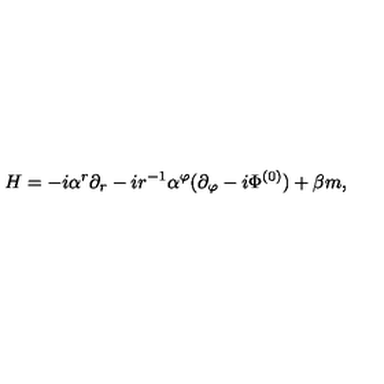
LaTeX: H = - i \alpha ^ { r } \partial _ { r } - i r ^ { - 1 } \alpha ^ { \varphi } ( \partial _ { \varphi } - i \Phi ^ { ( 0 ) } ) + \beta m ,